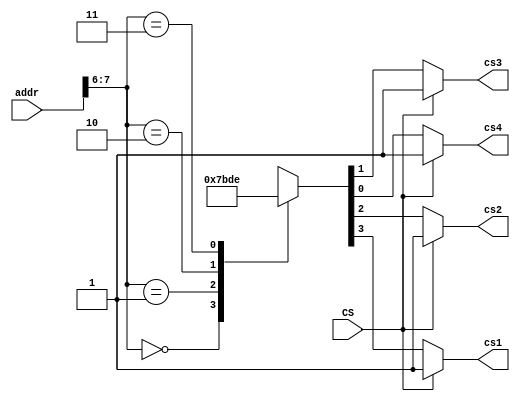
module decode_cmb (addr, CS, cs1, cs2, cs3, cs4);

input  [7:0]      addr;
input             CS;  // Low effect
output cs1, cs2, cs3, cs4; // Low effect
reg    cs1, cs2, cs3, cs4;


parameter chip1_decode = 2'b00,
          chip2_decode = 2'b01,
          chip3_decode = 2'b10,
          chip4_decode = 2'b11;

    always @ (CS or addr)
       if (CS)
          {cs1, cs2, cs3, cs4} = 4'b 1111;
       else
          begin
             case (addr[7:6])
                chip1_decode: {cs1, cs2, cs3, cs4} = 4'b 0111;
                chip2_decode: {cs1, cs2, cs3, cs4} = 4'b 1011;
                chip3_decode: {cs1, cs2, cs3, cs4} = 4'b 1101;
                chip4_decode: {cs1, cs2, cs3, cs4} = 4'b 1110;
             endcase                       
          end
          
        

endmodule